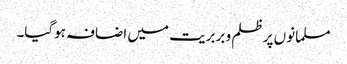
مسلمانوں پر ظلم و بربریت میں اضافہ ہوگیا۔